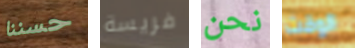
حسننا فريسة نحن الوقت